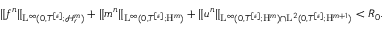
\begin{array} { r } { \Vert f ^ { n } \Vert _ { \mathrm { L } ^ { \infty } ( 0 , T ^ { [ \varepsilon ] } ; \mathcal { H } _ { r } ^ { m } ) } + \Vert \mathfrak { m } ^ { n } \Vert _ { \mathrm { L } ^ { \infty } ( 0 , T ^ { [ \varepsilon ] } ; \mathrm { H } ^ { m } ) } + \Vert u ^ { n } \Vert _ { \mathrm { L } ^ { \infty } ( 0 , T ^ { [ \varepsilon ] } ; \mathrm { H } ^ { m } ) \cap \mathrm { L } ^ { 2 } ( 0 , T ^ { [ \varepsilon ] } ; \mathrm { H } ^ { m + 1 } ) } < R _ { 0 } . } \end{array}